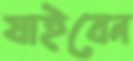
যাইবেন